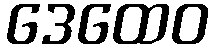
ဒေထေဝ